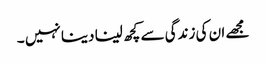
مجھے ان کی زندگی سے کچھ لینا دینا نہیں ۔